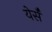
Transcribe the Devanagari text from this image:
येर्सँ